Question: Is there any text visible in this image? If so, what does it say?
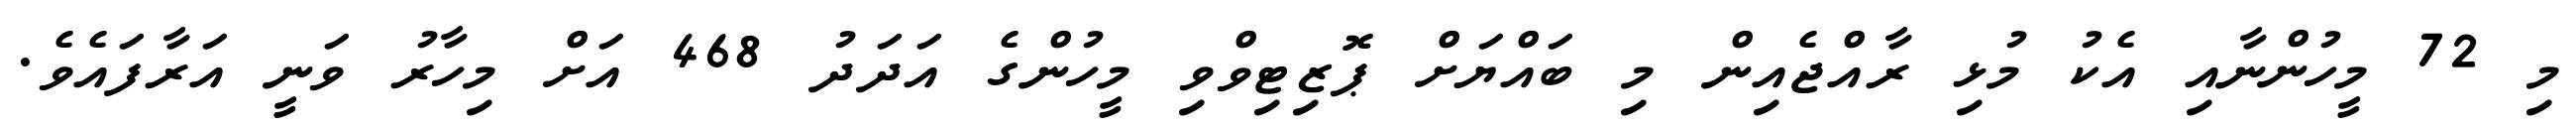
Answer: މި 72 މީހުންނާއި އެކު މުޅި ރާއްޖެއިން މި ބައްޔަށް ޕޮޒިޓިވްވި މީހުންގެ އަދަދު 468 އަށް މިހާރު ވަނީ އަރާފައެވެ.